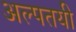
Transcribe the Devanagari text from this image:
अल्पतयी